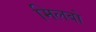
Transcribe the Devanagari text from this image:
मिलबो